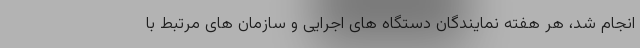
انجام شد، هر هفته نمایندگان دستگاه های اجرایی و سازمان های مرتبط با